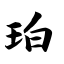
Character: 珀